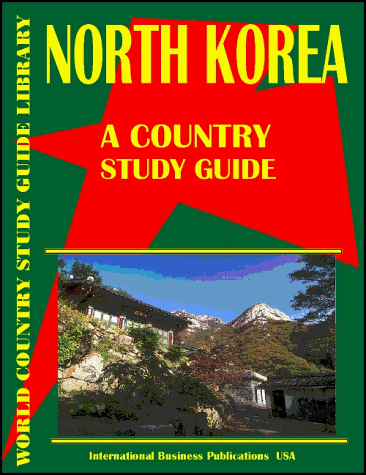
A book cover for Korea, North Country Study Guide (World Country Study; Ibp Usa; Travel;